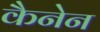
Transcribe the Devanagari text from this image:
कैनेन